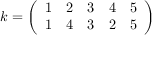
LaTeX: k = { \left( \begin{array} { l l l l l } { 1 } & { 2 } & { 3 } & { 4 } & { 5 } \\ { 1 } & { 4 } & { 3 } & { 2 } & { 5 } \end{array} \right) }